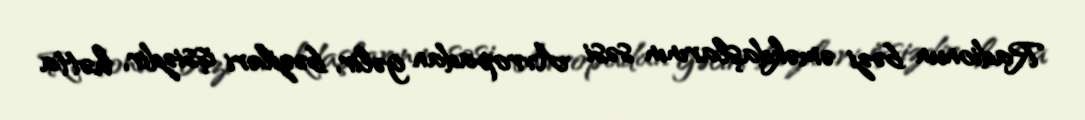
Radionun bəzi əməkdaşlarının səsi Avropadan gəlir, bəziləri işsizdir, hətta